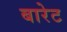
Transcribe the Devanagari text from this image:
बारेट